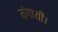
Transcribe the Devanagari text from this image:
मंगायी।